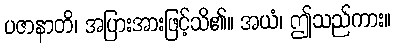
ပဇာနာတိ၊ အပြားအားဖြင့်သိ၏။ အယံ၊ ဤသည်ကား။